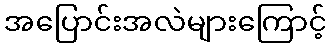
အပြောင်းအလဲများကြောင့်